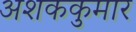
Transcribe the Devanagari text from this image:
अशककुमार